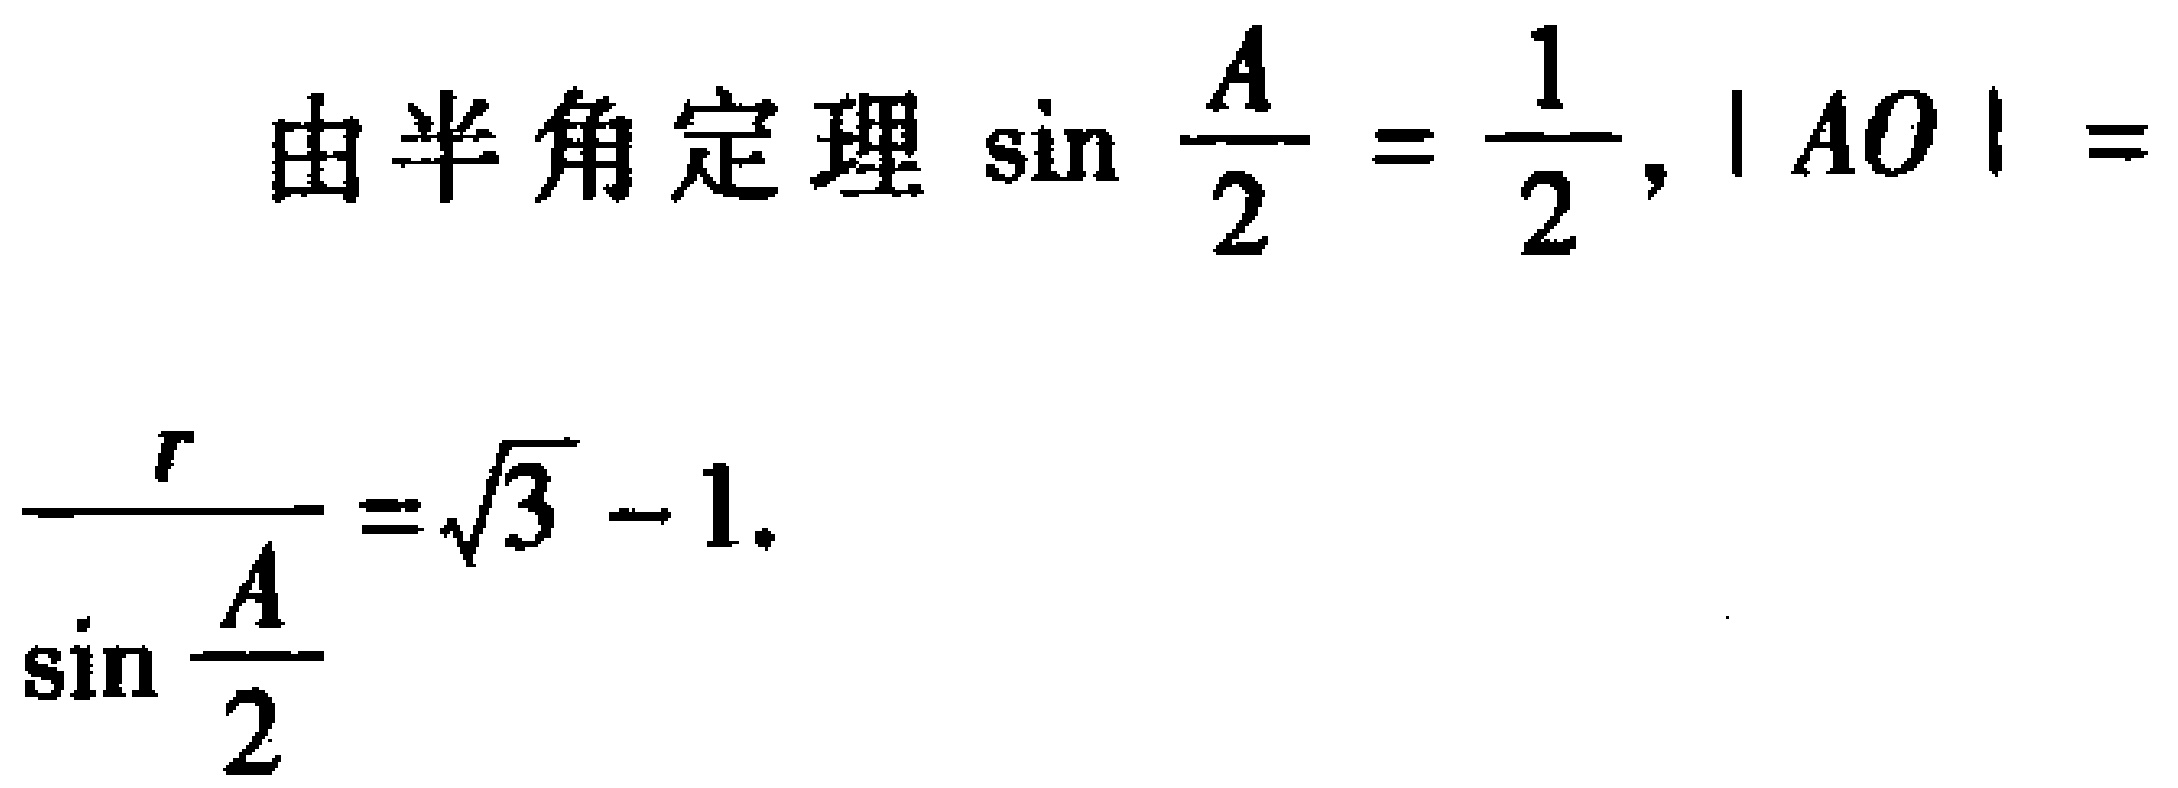
由半角定理\(\sin \frac{A}{2} = \frac{1}{2}\)，\(\vert AO\vert = \frac{r}{\sin \frac{A}{2}}=\sqrt{3} - 1\).